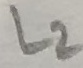
Text: L2